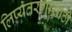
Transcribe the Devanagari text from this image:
लिप्यंतरणासाठी